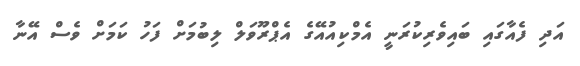
އަދި ފެއާގައި ބައިވެރިކުރަނީ އެމްކިއުއޭގެ އެޕްރޫވަލް ލިބުމަށް ފަހު ކަމަށް ވެސް އޭނާ